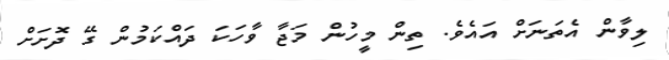
ލިވާން އެތަނަށް އައެވެ. ތިން މީހުން މަޖާ ވާހަކަ ދައްކަމުން ގޭ ދޮށަށް